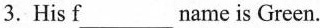
3.His f___name is Green.